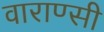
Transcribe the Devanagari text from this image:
वाराण्सी